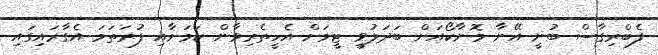
ފެބްރިގާސް ބުނީ އޭނާ މޮނާކޯއަށް ބަދަލުވީ ޓީމަށް އެހީތެރިވާން ކަމަށާއި ފުރަތަމަ އެގާރައިގައި